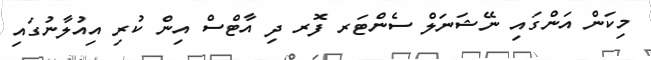
މިކަން އަންގައި ނޭޝަނަލް ސެންޓަރ ފޮރ ދި އާޓްސް އިން ކުރި އިއުލާނުގައި